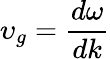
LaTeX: \upsilon_{g}=\frac{d\omega}{dk}